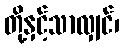
တို့နှင့်သာလျှင်၊